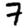
Digit: 7